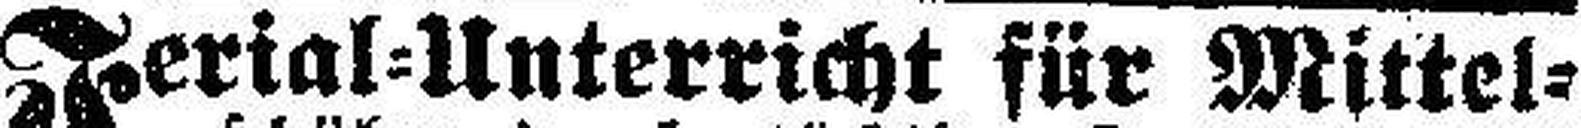
Ferial=Unterricht für Mittel¬